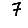
Digit: 7